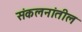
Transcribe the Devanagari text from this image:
संकलनांतील